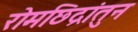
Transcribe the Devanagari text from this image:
रोमछिद्रांतुन